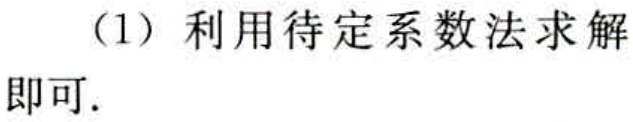
（1）利用待定系数法求解即可.